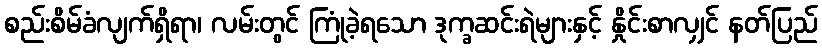
စည်းစိမ်ခံလျက်ရှိရာ၊ လမ်းတွင် ကြုံခဲ့ရသော ဒုက္ခဆင်းရဲများနှင့် နှိုင်းစာလျှင် နတ်ပြည်